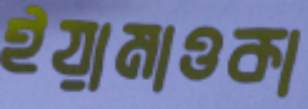
ইয়ামাওকা